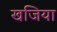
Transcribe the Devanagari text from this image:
खजिया